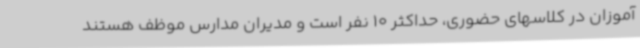
آموزان در کلاسهای حضوری، حداکثر 10 نفر است و مدیران مدارس موظف هستند